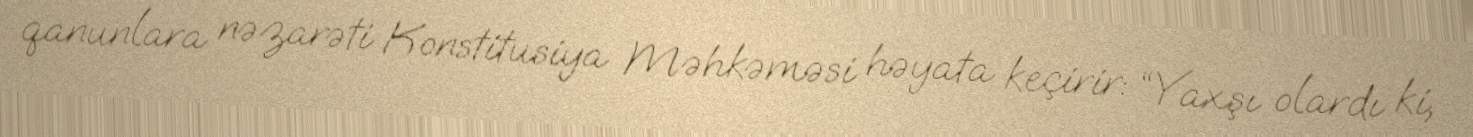
qanunlara nəzarəti Konstitusiya Məhkəməsi həyata keçirir: “Yaxşı olardı ki,